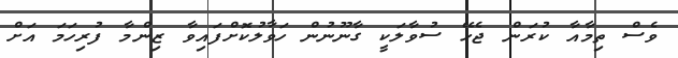
ވެސް ތިމާއާ ކުރަން ޖެހޭ ސުވާލަކީ ގާނޫނުން ހަވާލުކޮށްފައިވާ ޒިންމާ ފުރިހަމަ އަށް